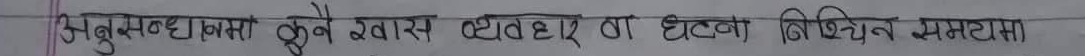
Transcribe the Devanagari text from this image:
अनुसन्धानमा कुनै श्वास व्यवहार वा घटत्व निश्चित समयमा